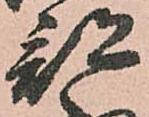
部